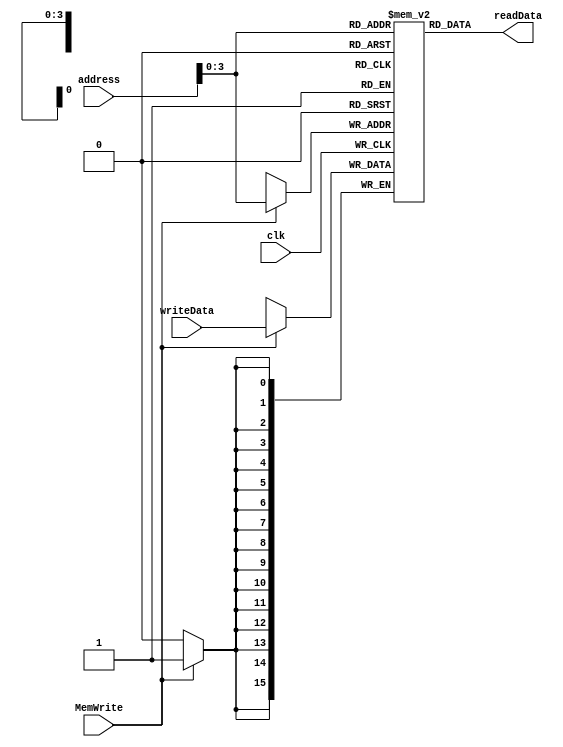
`timescale 1ns / 1ps
//////////////////////////////////////////////////////////////////////////////////
// Company: 
// Engineer: 
// 
// Design Name: 
// Module Name: data_mem
// Project Name: 
// Target Devices: 
// Tool Versions: 
// Description: 
// 
// Dependencies: 
// 
// Revision:
// Revision 0.01 - File Created
// Additional Comments:
// 
//////////////////////////////////////////////////////////////////////////////////


module data_mem(clk,address,MemWrite,writeData,readData);
input clk;
input[15:0] address;
input[15:0] writeData;
input MemWrite;
output reg[15:0]readData;

reg [15:0]memory[0:15];
integer i;
//Initialize memory
initial begin

memory[0] = 16'b0000_0000_0000_0000;
memory[1] = 16'b0000_0000_0000_0000;
memory[2] = 16'b0000_0000_0000_0000;
memory[3] = 16'b0000_0000_0000_0000;
memory[4] = 16'b0000_0000_0000_0100;//4
memory[5] = 16'b0000_0000_0000_0000;
memory[6] = 16'b0000_0000_0000_0000;
memory[7] = 16'b0000_0000_0000_0010;//2
memory[8] = 16'b0000_0000_0000_0000;
memory[9] = 16'b0000_0000_0000_0000;
memory[10] = 16'b0000_0000_0000_0000;
memory[11] = 16'b0000_0000_0000_0000;
memory[12] = 16'b0000_0000_0000_0000;
memory[13] = 16'b0000_0000_0000_0000;
memory[14] = 16'b0000_0000_0000_0000;
memory[15] = 16'b0000_0000_0000_0000;

end

always @(posedge clk)
    begin
    if(MemWrite)
        begin
        memory[address]<=writeData; 
        end
    end
//Whenever we are not writing we are reading
always @(*) //Output is the address
    begin
    readData<=memory[address];
    end
endmodule